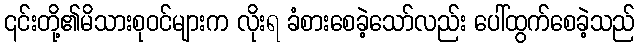
၎င်းတို့၏မိသားစုဝင်များက လိုးရ ခံစားစေခဲ့သော်လည်း ပေါ်ထွက်စေခဲ့သည်